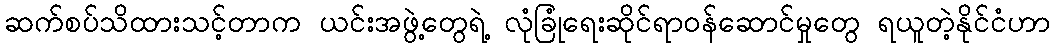
ဆက်စပ်သိထားသင့်တာက ယင်းအဖွဲ့တွေရဲ့ လုံခြုံရေးဆိုင်ရာဝန်ဆောင်မှုတွေ ရယူတဲ့နိုင်ငံဟာ